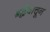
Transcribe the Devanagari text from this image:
श्रद्धेवाचून